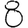
Digit: 8